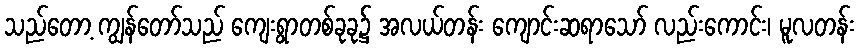
သည်တော့ ကျွန်တော်သည် ကျေးရွာတစ်ခုခု၌ အလယ်တန်း ကျောင်းဆရာသော် လည်းကောင်း၊ မူလတန်း